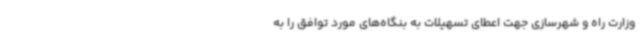
وزارت راه و شهرسازی جهت اعطای تسهیلات به بنگاه‌های مورد توافق را به